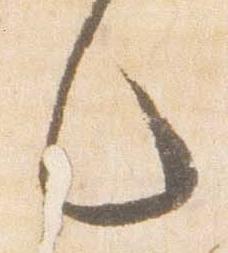
々